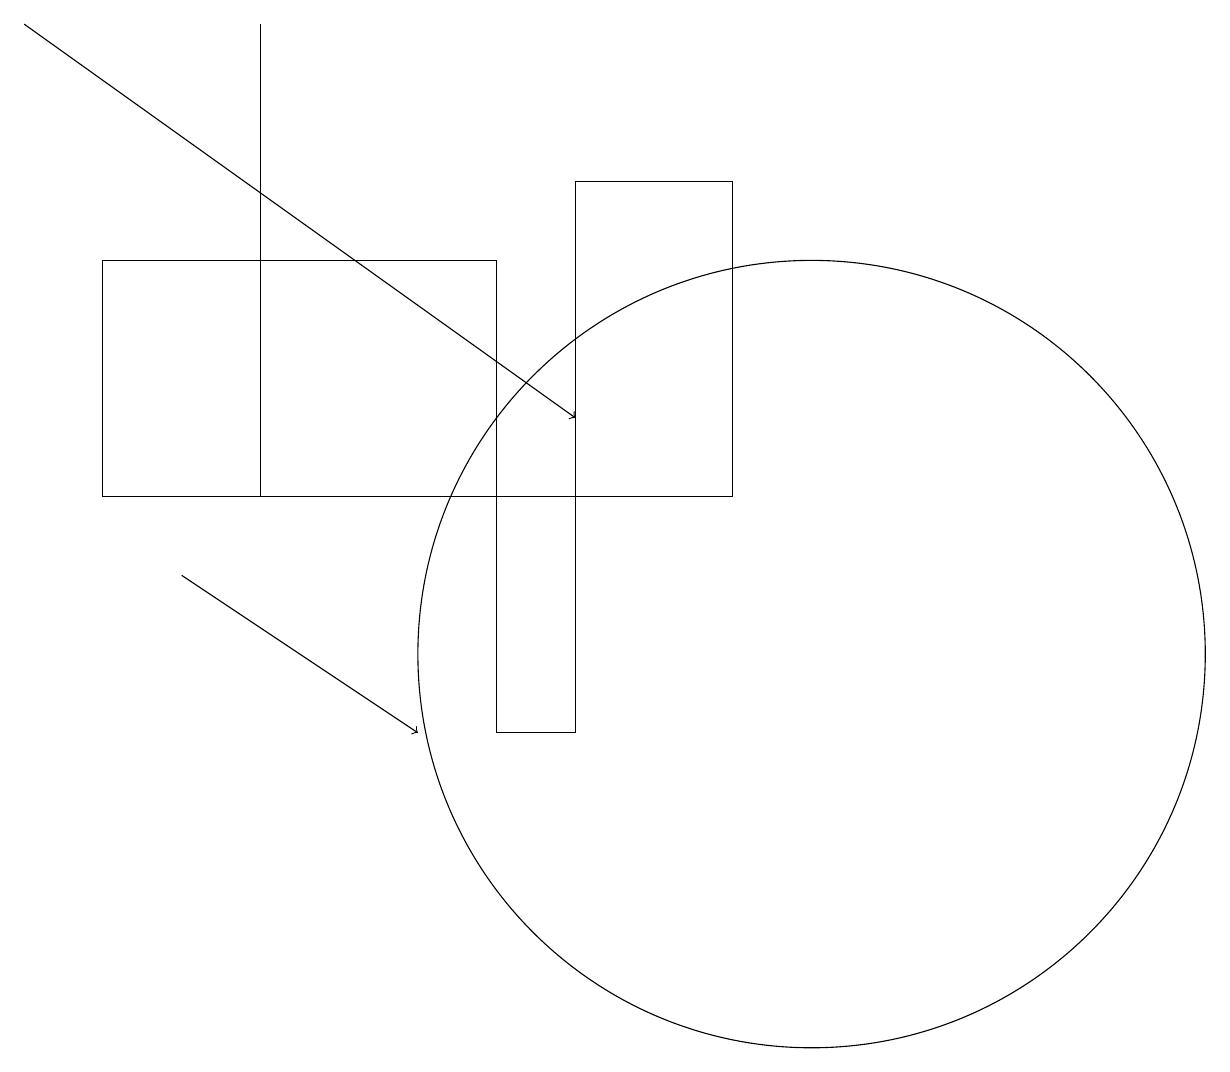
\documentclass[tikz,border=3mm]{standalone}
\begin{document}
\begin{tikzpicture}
\draw (3,13) rectangle (3,19);
\draw[->] (2,12) -- (5,10);
\draw (7,13) rectangle (9,17);
\draw (10,11) circle (5);
\draw (6,16) rectangle (1,13);
\draw (6,13) rectangle (7,10);
\draw[->] (0,19) -- (7,14);
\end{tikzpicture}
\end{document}